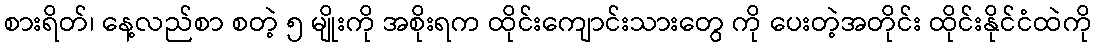
စားရိတ်၊ နေ့လည်စာ စတဲ့ ၅ မျိုးကို အစိုးရက ထိုင်းကျောင်းသားတွေ ကို ပေးတဲ့အတိုင်း ထိုင်းနိုင်ငံထဲကို